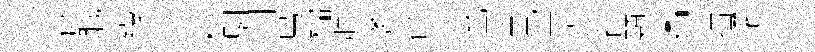
蒼職縷追耤馴则鳥櫺胼袤存㳂宇見苧蕖省顆。描曜